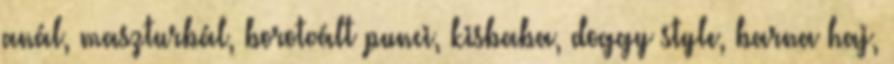
anál, maszturbál, borotvált punci, kisbaba, doggy style, barna haj,